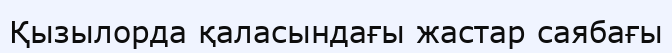
Қызылорда қаласындағы жастар саябағы